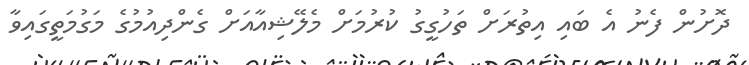
ދޮށުން ފެނު އެ ބައި އިތުރަށް ތަހުގީގު ކުރުމަށް މެލޭޝިއާއަށް ގެންދިއުމުގެ މަގުމަތީގައިވާ